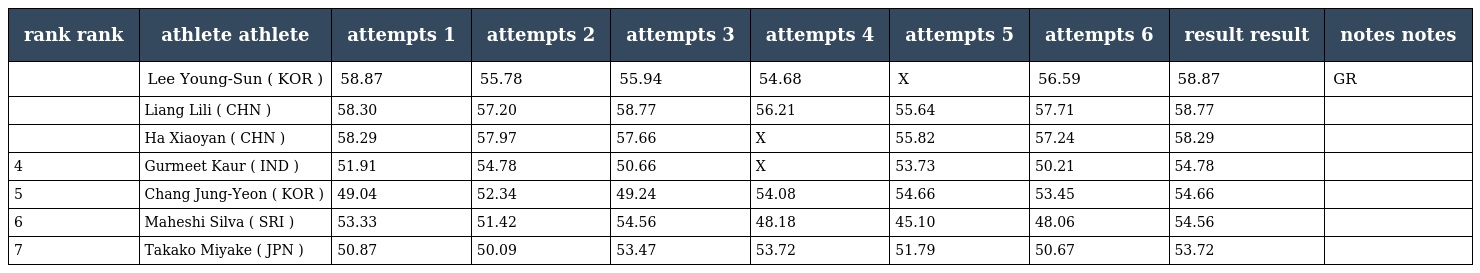
| rank rank | athlete athlete | attempts 1 | attempts 2 | attempts 3 | attempts 4 | attempts 5 | attempts 6 | result result | notes notes |
 | --- | --- | --- | --- | --- | --- | --- | --- | --- | --- |
 |  | Lee Young-Sun ( KOR ) | 58.87 | 55.78 | 55.94 | 54.68 | X | 56.59 | 58.87 | GR |
 |  | Liang Lili ( CHN ) | 58.30 | 57.20 | 58.77 | 56.21 | 55.64 | 57.71 | 58.77 |  |
 |  | Ha Xiaoyan ( CHN ) | 58.29 | 57.97 | 57.66 | X | 55.82 | 57.24 | 58.29 |  |
 | 4 | Gurmeet Kaur ( IND ) | 51.91 | 54.78 | 50.66 | X | 53.73 | 50.21 | 54.78 |  |
 | 5 | Chang Jung-Yeon ( KOR ) | 49.04 | 52.34 | 49.24 | 54.08 | 54.66 | 53.45 | 54.66 |  |
 | 6 | Maheshi Silva ( SRI ) | 53.33 | 51.42 | 54.56 | 48.18 | 45.10 | 48.06 | 54.56 |  |
 | 7 | Takako Miyake ( JPN ) | 50.87 | 50.09 | 53.47 | 53.72 | 51.79 | 50.67 | 53.72 |  |